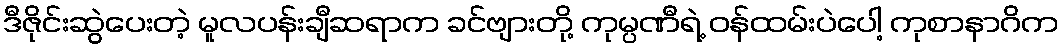
ဒီဇိုင်းဆွဲပေးတဲ့ မူလပန်းချီဆရာက ခင်ဗျားတို့ ကုမ္ပဏီရဲ့ ဝန်ထမ်းပဲပေါ့ ကုစာနာဂိက